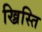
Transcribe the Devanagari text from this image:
ख्रिस्ति